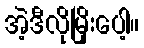
အဲ့ဒီလိုမြိုးပေါ့။